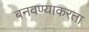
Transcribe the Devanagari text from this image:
बनवण्याकरता